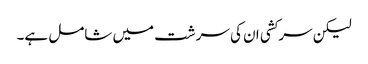
لیکن سرکشی ان کی سرشت میں شامل ہے۔